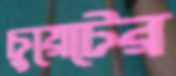
চুয়েটের